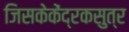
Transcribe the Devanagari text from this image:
जिसकेकेंद्रकसुत्र